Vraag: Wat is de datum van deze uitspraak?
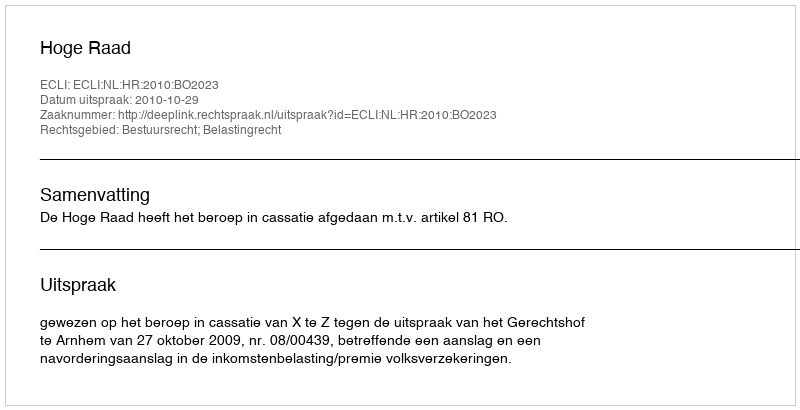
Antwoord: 2010-10-29